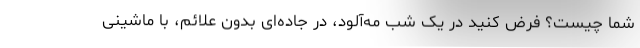
شما چیست؟ فرض کنید در یک شب مه‌آلود، در جاده‌ای بدون علائم، با ماشینی